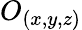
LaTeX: O_{(x,y,z)}